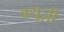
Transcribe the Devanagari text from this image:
क्यूज़ी